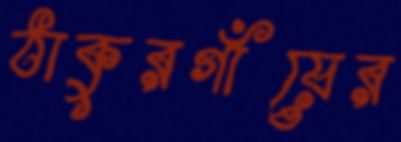
ঠাকুরগাঁয়ের